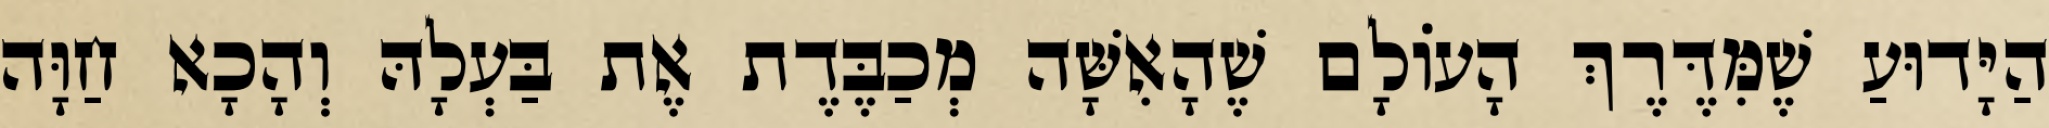
הַיָּדוּעַ שֶׁמִּדֶּרֶךְ הָעוֹלָם שֶׁהָאִשָּׁה מְכַבֶּדֶת אֶת בַּעְלָהּ וְהָכָא חַוָּה